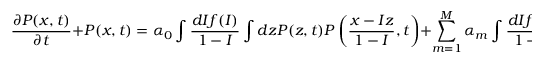
\frac { \partial P ( x , t ) } { \partial t } + P ( x , t ) = \alpha _ { 0 } \int \frac { d I f ( I ) } { 1 - I } \int d z P ( z , t ) P \left( \frac { x - I z } { 1 - I } , t \right) + \sum _ { m = 1 } ^ { M } \alpha _ { m } \int \frac { d I f ( I ) } { 1 - I } P \left( \frac { x - I X _ { m } } { 1 - I } , t \right) .